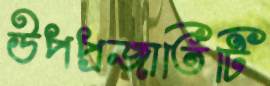
উপপ্রজাতিটি